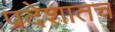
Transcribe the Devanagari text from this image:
प्रदेशातच